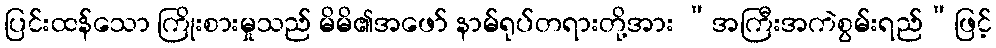
ပြင်းထန်သော ကြိုးစားမှုသည် မိမိ၏အဖော် နာမ်ရုပ်တရားတို့အား “အကြီးအကဲစွမ်းရည်”ဖြင့်